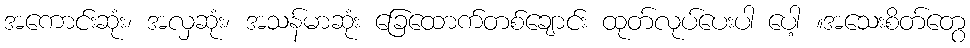
အကောင်းဆုံး၊ အလှဆုံး၊ အသန်မာဆုံး ခြေထောက်တစ်ချောင်း ထုတ်လုပ်ပေးပါ ပေါ့ ။အသေးစိတ်တွေ